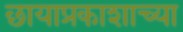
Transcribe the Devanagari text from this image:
छायाप्रकाशाच्या